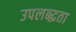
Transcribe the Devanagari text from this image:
उपलब्द्धता